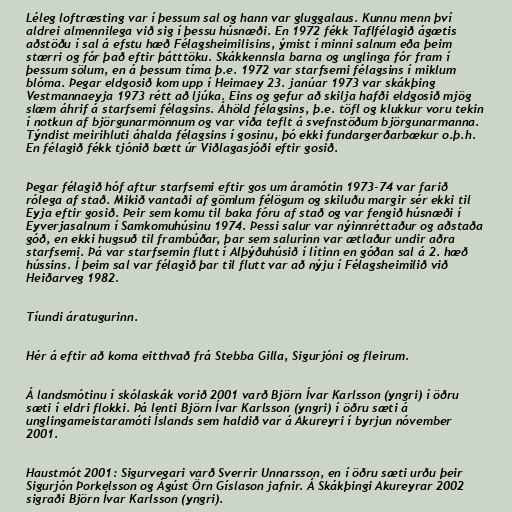
Léleg loftræsting var í þessum sal og hann var gluggalaus. Kunnu menn því
aldrei almennilega við sig í þessu húsnæði. En 1972 fékk Taflfélagið ágætis
aðstöðu í sal á efstu hæð Félagsheimilisins, ýmist í minni salnum eða þeim
stærri og fór það eftir þátttöku. Skákkennsla barna og unglinga fór fram í
þessum sölum, en á þessum tíma þ.e. 1972 var starfsemi félagsins í miklum
blóma. Þegar eldgosið kom upp í Heimaey 23. janúar 1973 var skákþing
Vestmannaeyja 1973 rétt að ljúka. Eins og gefur að skilja hafði eldgosið mjög
slæm áhrif á starfsemi félagsins. Áhöld félagsins, þ.e. töfl og klukkur voru tekin
í notkun af björgunarmönnum og var víða teflt á svefnstöðum björgunarmanna.
Týndist meirihluti áhalda félagsins í gosinu, þó ekki fundargerðarbækur o.þ.h.
En félagið fékk tjónið bætt úr Viðlagasjóði eftir gosið.

Þegar félagið hóf aftur starfsemi eftir gos um áramótin 1973-74 var farið
rólega af stað. Mikið vantaði af gömlum félögum og skiluðu margir sér ekki til
Eyja eftir gosið. Þeir sem komu til baka fóru af stað og var fengið húsnæði í
Eyverjasalnum í Samkomuhúsinu 1974. Þessi salur var nýinnréttaður og aðstaða
góð, en ekki hugsuð til frambúðar, þar sem salurinn var ætlaður undir aðra
starfsemi. Þá var starfsemin flutt í Alþýðuhúsið í lítinn en góðan sal á 2. hæð
hússins. Í þeim sal var félagið þar til flutt var að nýju í Félagsheimilið við
Heiðarveg 1982.

Tíundi áratugurinn.

Hér á eftir að koma eitthvað frá Stebba Gilla, Sigurjóni og fleirum.

Á landsmótinu í skólaskák vorið 2001 varð Björn Ívar Karlsson (yngri) í öðru
sæti í eldri flokki. Þá lenti Björn Ívar Karlsson (yngri) í öðru sæti á
unglingameistaramóti Íslands sem haldið var á Akureyri í byrjun nóvember
2001.

Haustmót 2001: Sigurvegari varð Sverrir Unnarsson, en í öðru sæti urðu þeir
Sigurjón Þorkelsson og Ágúst Örn Gíslason jafnir. Á Skákþingi Akureyrar 2002
sigraði Björn Ívar Karlsson (yngri).